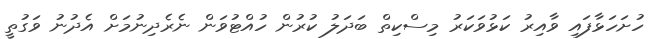
ހުށަހަޅާފައި ވާއިރު ކަޅުވަކަރު މިސްކިތް ބަދަލު ކުރުން ހުއްޓުވަން ނެރެދިނުމަށް އެދުނު ވަގުތީ